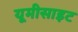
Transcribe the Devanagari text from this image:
यूमीसाइट